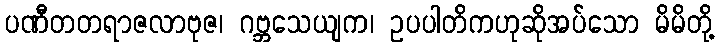
ပဏီတတရာဇလာဗုဇ၊ ဂဗ္ဘသေယျက၊ ဥပပါတိကဟုဆိုအပ်သော မိမိတို့